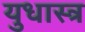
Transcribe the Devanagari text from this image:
युधास्त्र